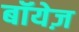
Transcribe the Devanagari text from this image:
बॉयेज़